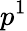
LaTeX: p^{1}